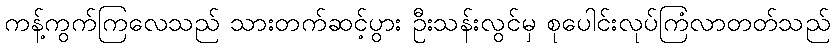
ကန့်ကွက်ကြလေသည် သားတက်ဆင့်ပွား ဦးသန်းလွင်မှ စုပေါင်းလုပ်ကြံလာတတ်သည်